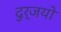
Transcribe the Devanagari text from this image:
दुर्जयो